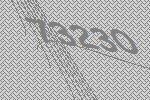
73230